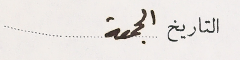
التاريخ